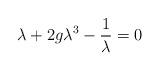
LaTeX: \begin{align*}\lambda + 2g\lambda^{3} - {1\over \lambda} = 0\end{align*}